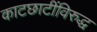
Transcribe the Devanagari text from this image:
काटछाटींविरुद्ध